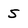
Character: 5